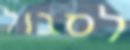
לסבול